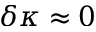
\delta \kappa \approx 0